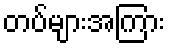
တပ်များအကြား